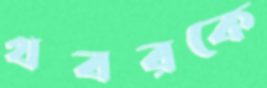
খবরকে